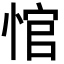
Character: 悺